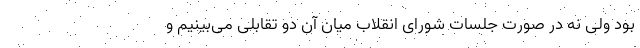
بود ولی نه در صورت جلسات شورای انقلاب میان آن دو تقابلی می‌بینیم و